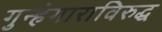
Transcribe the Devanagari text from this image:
गुन्हेगाराविरुद्ध